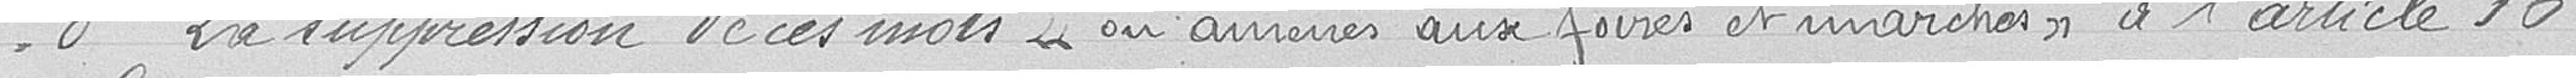
3è La suppression de ces mots en arriérés aux foires et marchés à l'article 16